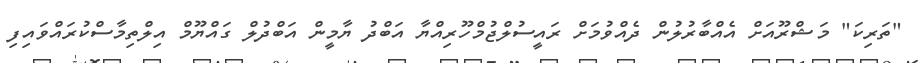
"ތަރިކަ" މަޝްރޫއަށް އެއްބާރުލުން ދެއްވުމަށް ރައީސުލްޖުމްހޫރިއްޔާ އަބްދު ޔާމީން އަބްދުލް ގައްޔޫމް އިލްތިމާސްކުރައްވައިފި